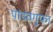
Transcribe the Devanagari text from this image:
पांडवगुफा